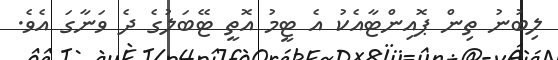
ލިބުނު ތިން ޕޮއިންޓާއެކު އެ ޓީމު އޮތީ ޓޭބަލުގެ ދެ ވަނާގަ އެވެ.